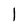
Character: l